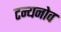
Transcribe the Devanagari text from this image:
टन्यनोव